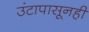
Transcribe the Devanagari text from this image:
उंटापासूनही